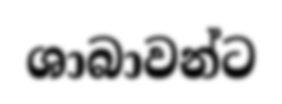
ශාබාවන්ට